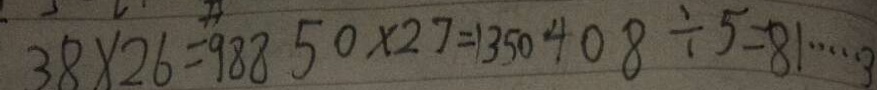
3 8 \times 2 6 = 9 8 8 5 0 \times 2 7 = 1 3 5 0 4 0 8 \div 5 = 8 1 \cdots 2